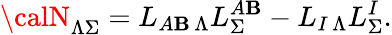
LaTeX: {\calN}_{\Lambda\Sigma}=L_{A\mathbf{B}\, \Lambda}L_{\Sigma}^{A\mathbf{B}}-L_{I\, \Lambda}L_{\Sigma}^{I}.